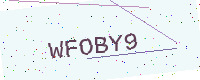
Text: WFOBY9